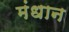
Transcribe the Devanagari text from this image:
मंधान